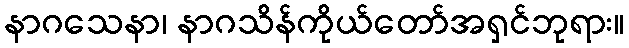
နာဂသေနာ၊ နာဂသိန်ကိုယ်တော်အရှင်ဘုရား။